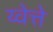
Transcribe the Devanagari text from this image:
य्वेत्ते